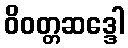
ဝိဝတ္တဆဒ္ဒေါ